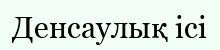
Денсаулық ісі